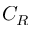
C _ { R }